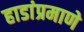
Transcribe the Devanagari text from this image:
हाडांप्रमाणे